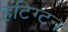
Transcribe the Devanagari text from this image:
हंटिग्टन